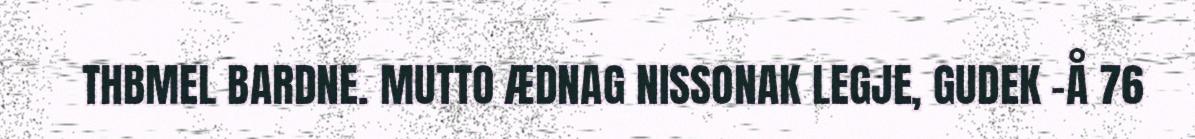
THBMEL BARDNE. MUTTO ÆDNAG NISSONAK LEGJE, GUDEK –Å 76